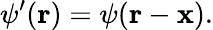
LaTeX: \psi^{\prime}(\mathbf{r})=\psi(\mathbf{r}-\mathbf{x}).